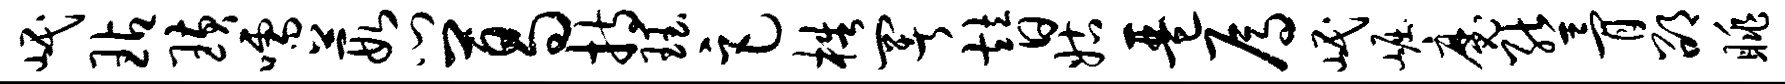
岷玷璜嚅葭门葛持珏巨梏署替姑琶焉岷崛魔熊骨邵眺